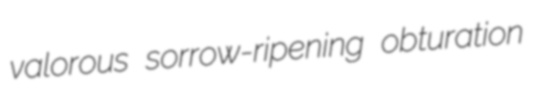
valorous sorrow-ripening obturation